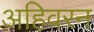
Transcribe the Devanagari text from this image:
अहिवरन